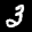
Label: 3